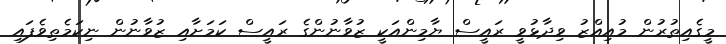
މީގެއިތުރުން މުއިއްޒު ވިދާޅުވީ ރައީސް ޔާމިންއަކީ ޒުވާނުންގެ ރައީސް ކަމަށާއި ޒުވާނުން ނިކަމެތިވެފައި